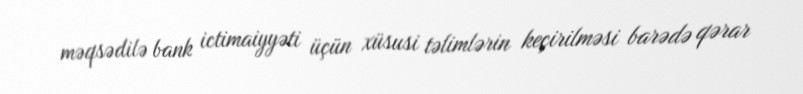
məqsədilə bank ictimaiyyəti üçün xüsusi təlimlərin keçirilməsi barədə qərar